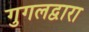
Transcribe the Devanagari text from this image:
गुगलद्वारा